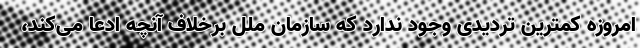
امروزه کمترین تردیدی وجود ندارد که سازمان ملل برخلاف آنچه ادعا می‌کند،